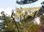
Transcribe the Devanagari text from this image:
ब्नाया